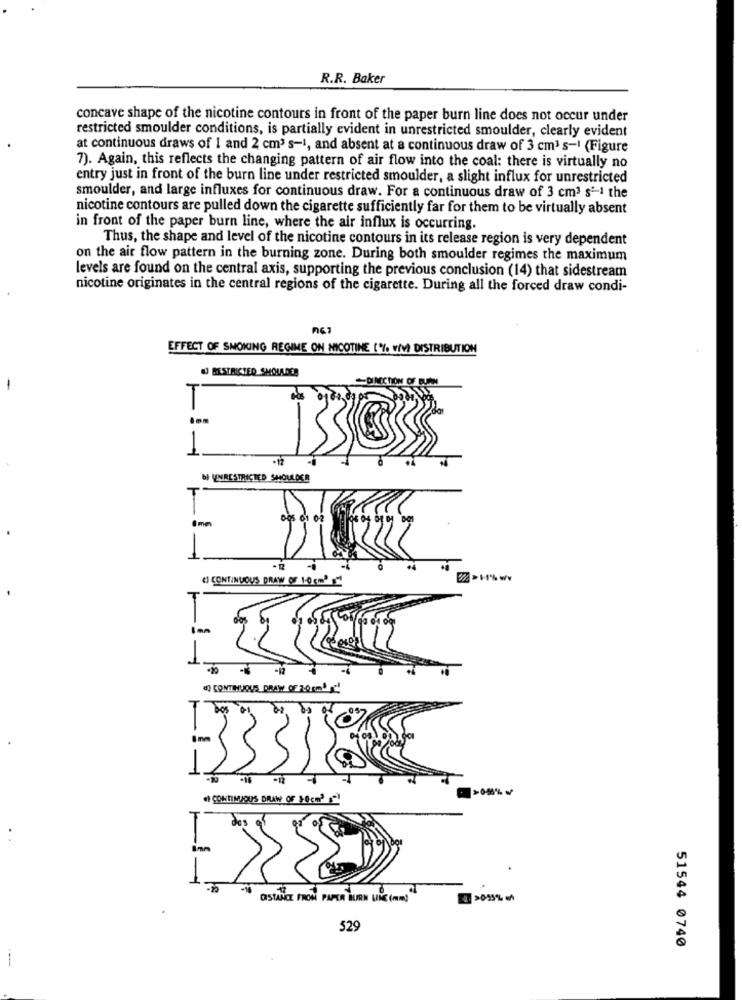
R.R. Baker
concave shape of the nicotine contours in front of the paper burn line does not occur under
restricted smoulder conditions, is partially evident in unrestricted smoulder, clearly evident
at continuous draws of 1 and 2 cm3 s-1, and absent at a continuous draw of 3 cm3 s-I (Figure
7). Again, this reflects the changing pattern of air flow into the coal: there is virtually no
entry just in front of the burn line under restricted smoulder, a slight influx for unrestricted
smoulder, and large influxes for continuous draw. For a continuous draw of 3 cm3 s'-1 the
nicotine contours are pulled down the cigarette sufficiently far for them to be virtually absent
in front of the paper burn line, where the air influx is occurring.
Thus, the shape and level of the nicotine contours in its release region is very dependent
on the air flow pattern in the burning zone. During both smoulder regimes the maximum
levels are found on the central axis, supporting the previous conclusion (14) that sidestream
nicotine originates in the central regions of the cigarette. During all the forced draw condi-
EFFECT OF SMOKING REGINE ON NICOTINE ( % VIM) DISTRIBUTION
RESTRICTED SHOLADER
-
UNRESTRICTED SHOULDER
005 01 0-2
CI CONTINUOUS DRAW OF 1:0 cm3 "
22-11%w
4) CONTINUOUS DRAW OF 20cm5g!
-
e) CONTIMJOUS DRAW OF 10cm'
-
DISTANCE FROM PAPER BURN UNE (mm)
52
51544 0740
-